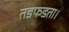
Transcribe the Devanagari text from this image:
तडफडता।